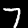
Digit: 7